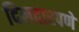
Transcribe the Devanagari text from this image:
दिलदारपणे